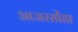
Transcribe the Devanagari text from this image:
आजरसोंडा